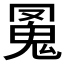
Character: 𩲛